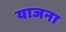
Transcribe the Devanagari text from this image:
याजना